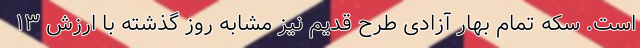
است. سکه تمام بهار آزادی طرح قدیم نیز مشابه روز گذشته با ارزش ۱۳